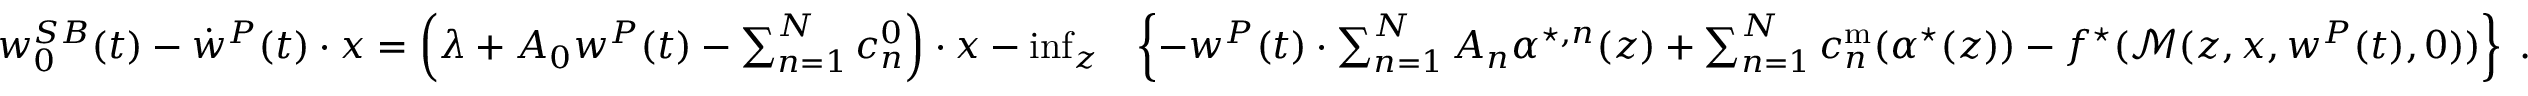
\begin{array} { r l } { w _ { 0 } ^ { S B } ( t ) - \dot { w } ^ { P } ( t ) \cdot x = \left( \lambda + A _ { 0 } w ^ { P } ( t ) - \sum _ { n = 1 } ^ { N } c _ { n } ^ { 0 } \right) \cdot x - \operatorname* { i n f } _ { { z } } } & { \left\{ - w ^ { P } ( t ) \cdot \sum _ { n = 1 } ^ { N } A _ { n } { \alpha } ^ { \star , n } ( z ) + \sum _ { n = 1 } ^ { N } c _ { n } ^ { \mathrm { m } } ( { \alpha } ^ { \star } ( z ) ) - f ^ { \star } ( \mathcal { M } ( z , x , w ^ { P } ( t ) , 0 ) ) \right\} \; . } \end{array}